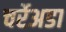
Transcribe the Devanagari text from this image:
चर्रेअडा